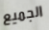
الجميع